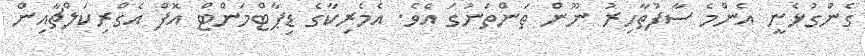
ގެންގުޅެނީ އެންމެ ސާފުތާހިރު ނޫން ތަންތަނުގަ އެވެ. އެމެރިކާގެ ޑިޕާޓްމަންޓް އޮފް އެގްރިކަލްޗާއިން